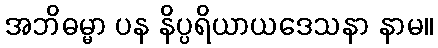
အဘိဓမ္မာ ပန နိပ္ပရိယာယဒေသနာ နာမ။